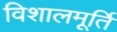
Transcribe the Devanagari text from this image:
विशालमूर्ति